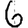
Digit: 6